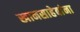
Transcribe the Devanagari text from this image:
खानसाहेबांना